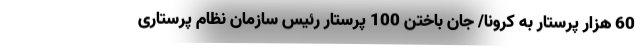
60 هزار پرستار به کرونا/ جان باختن 100 پرستار رئیس سازمان نظام پرستاری